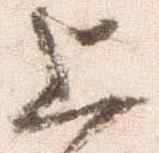
上